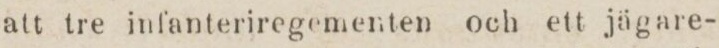
att tre infanteriregementen och ett jägare-